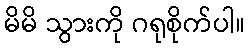
မိမိ သွားကို ဂရုစိုက်ပါ။